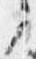
之